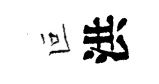
叵洪